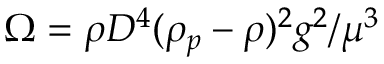
\Omega = \rho D ^ { 4 } ( \rho _ { p } - \rho ) ^ { 2 } g ^ { 2 } / \mu ^ { 3 }